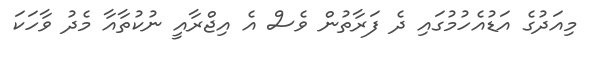
މިއަދުގެ އަޑުއެހުމުގައި ދެ ފަރާތުން ވެސް އެ އިޖްރާއީ ނުކުތާއާ މެދު ވާހަކަ